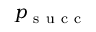
p _ { \mathrm { ~ s ~ u ~ c ~ c ~ } }